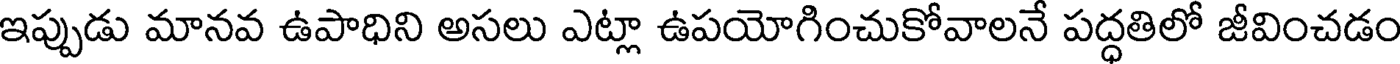
ఇప్పుడు మానవ ఉపాధిని అసలు ఎట్లా ఉపయోగించుకోవాలనే పద్ధతిలో జీవించడం